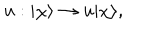
LaTeX: u : | \chi \rangle \rightarrow u | \chi \rangle ,